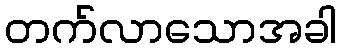
တက်လာသောအခါ